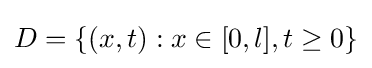
D=\{(x,t):x\in [0,l],t\geq 0\}